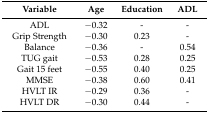
<table><thead><tr><td><b>Variable</b></td><td><b>Age</b></td><td><b>Education</b></td><td><b>ADL</b></td></tr></thead><tbody><tr><td>ADL</td><td>−0.32</td><td>-</td><td>-</td></tr><tr><td>Grip Strength</td><td>−0.30</td><td>0.23</td><td>-</td></tr><tr><td>Balance</td><td>−0.36</td><td>-</td><td>0.54</td></tr><tr><td>TUG gait</td><td>−0.53</td><td>0.28</td><td>0.25</td></tr><tr><td>Gait 15 feet</td><td>−0.55</td><td>0.40</td><td>0.25</td></tr><tr><td>MMSE</td><td>−0.38</td><td>0.60</td><td>0.41</td></tr><tr><td>HVLT IR</td><td>−0.29</td><td>0.36</td><td>-</td></tr><tr><td>HVLT DR</td><td>−0.30</td><td>0.44</td><td>-</td></tr></tbody></table>